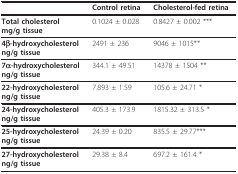
<table><thead><tr><td></td><td><b>Control retina</b></td><td><b>Cholesterol-fed retina</b></td></tr></thead><tbody><tr><td><b>Total cholesterol</b><b>mg/g tissue</b></td><td>0.1024 ± 0.028</td><td>0.8427 ± 0.002 ***</td></tr><tr><td><b>4β-hydroxycholesterol</b><b>ng/g tissue</b></td><td>2491 ± 236</td><td>9046 ± 1015**</td></tr><tr><td><b>7α-hydroxycholesterol</b><b>ng/g tissue</b></td><td>344.1 ± 49.51</td><td>14378 ± 1504 **</td></tr><tr><td><b>22-hydroxycholesterol</b><b>ng/g tissue</b></td><td>7.893 ± 1.59</td><td>105.6 ± 24.71 *</td></tr><tr><td><b>24-hydroxycholesterol</b><b>ng/g tissue</b></td><td>405.3 ± 173.9</td><td>1815.32 ± 313.5 *</td></tr><tr><td><b>25-hydroxycholesterol</b><b>ng/g tissue</b></td><td>24.39 ± 0.20</td><td>835.5 ± 29.77***</td></tr><tr><td><b>27-hydroxycholesterol</b><b>ng/g tissue</b></td><td>29.38 ± 8.4</td><td>697.2 ± 161.4 *</td></tr></tbody></table>